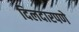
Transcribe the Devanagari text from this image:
दिलदारपणे